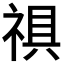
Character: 𮂀